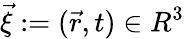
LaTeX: \vec{\xi}:=(\vec{r},t)\in R^{3}